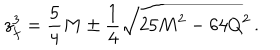
z _ { f } ^ { 3 } = { \frac { 5 } { 4 } } M \pm { \frac { 1 } { 4 } } \sqrt { 2 5 M ^ { 2 } - 6 4 Q ^ { 2 } } \, .